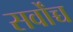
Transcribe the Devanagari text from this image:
सर्वोंच्च